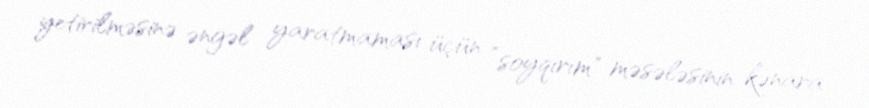
yetirilməsinə əngəl yaratmaması üçün ”soyqırım" məsələsinin kənara